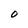
Character: O